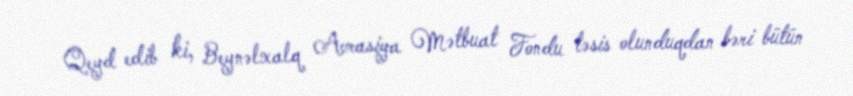
Qeyd edib ki, Beynəlxalq Avrasiya Mətbuat Fondu təsis olunduqdan bəri bütün